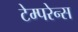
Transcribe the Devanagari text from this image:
टेम्परेन्स